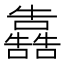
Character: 𭌳